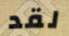
لقد